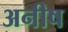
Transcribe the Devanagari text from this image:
अनीष